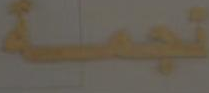
تجمة